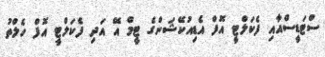
ސްޓަޑީސްއާއި ފެކަލްޓީ އޮފް އެޑިއުކޭޝަންގެ ޓީމް އޭ އަދި ފެކަލްޓީ އޮފް ހެލްތު